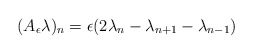
\begin{align*}(A_\epsilon\lambda)_n = \epsilon(2\lambda_n-\lambda_{n+1}-\lambda_{n-1})\end{align*}